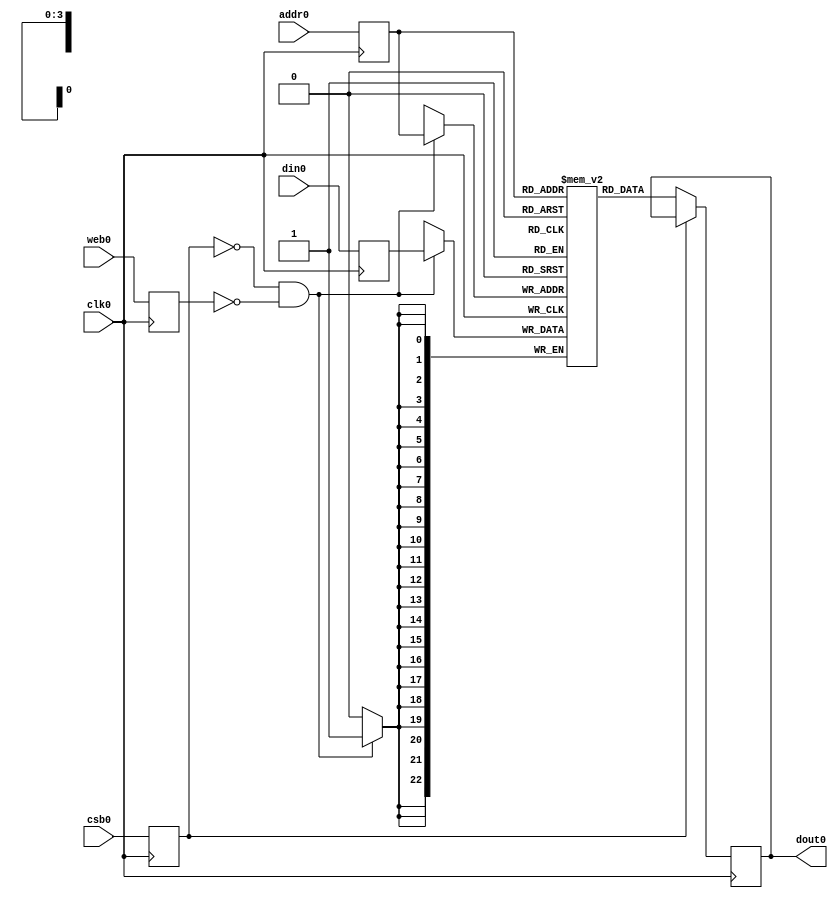
// OpenRAM SRAM model
// Words: 16
// Word size: 23

module mp3_tag_array(
`ifdef USE_POWER_PINS
    vdd,
    gnd,
`endif
// Port 0: RW
    clk0,csb0,web0,addr0,din0,dout0
  );

  parameter DATA_WIDTH = 23 ;
  parameter ADDR_WIDTH = 4 ;
  parameter RAM_DEPTH = 1 << ADDR_WIDTH;
  // FIXME: This delay is arbitrary.
  parameter DELAY = 0 ;
  parameter VERBOSE = 0 ; //Set to 0 to only display warnings
  parameter T_HOLD = 1 ; //Delay to hold dout value after posedge. Value is arbitrary

`ifdef USE_POWER_PINS
    inout vdd;
    inout gnd;
`endif
  input  clk0; // clock
  input   csb0; // active low chip select
  input  web0; // active low write control
  input [ADDR_WIDTH-1:0]  addr0;
  input [DATA_WIDTH-1:0]  din0;
  output [DATA_WIDTH-1:0] dout0;

  reg [DATA_WIDTH-1:0]    mem [0:RAM_DEPTH-1];

  reg  csb0_reg;
  reg  web0_reg;
  reg [ADDR_WIDTH-1:0]  addr0_reg;
  reg [DATA_WIDTH-1:0]  din0_reg;
  reg [DATA_WIDTH-1:0]  dout0;

  // All inputs are registers
  always @(posedge clk0)
  begin
    csb0_reg = csb0;
    web0_reg = web0;
    addr0_reg = addr0;
    din0_reg = din0;
    
    if ( !csb0_reg && VERBOSE )
      $display($time," Reading %m addr0=%b dout0=%b",addr0_reg,mem[addr0_reg]);
    if ( !csb0_reg && !web0_reg && VERBOSE )
      $display($time," Writing %m addr0=%b din0=%b",addr0_reg,din0_reg);
  end


  // Memory Write Block Port 0
  // Write Operation : When web0 = 0, csb0 = 0
  always @ (negedge clk0)
  begin : MEM_WRITE0
    if ( !csb0_reg && !web0_reg ) begin
        mem[addr0_reg][22:0] = din0_reg[22:0];
    end
  end

  // Memory Read Block Port 0
  // Read Operation : When web0 = 1, csb0 = 0
  always @ (negedge clk0)
  begin : MEM_READ0
    if (!csb0_reg)
       dout0 <=  mem[addr0_reg];
  end

endmodule